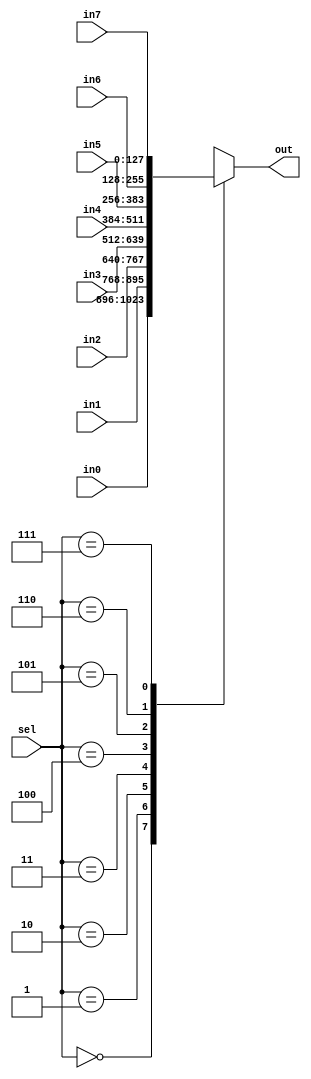
module mux8to1_128bits(input [127:0] in0, input [127:0] in1, input [127:0] in2, input [127:0] in3, input [127:0] in4, input [127:0] in5,
  input [127:0] in6, input [127:0] in7, input [2:0] sel, output reg [127:0] out);

  always @ (in0, in1, in2, in3, in4, in5, in6, in7, sel)
    begin
      case (sel)
        3'b000: out = in0;
        3'b001: out = in1;
        3'b010: out = in2;
        3'b011: out = in3;
        3'b100: out = in4;
        3'b101: out = in5;
        3'b110: out = in6;
        3'b111: out = in7;
      endcase
    end

endmodule